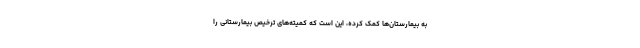
به بیمارستان‌ها کمک کرده، این است که کمیته‌های ترخیص بیمارستانی را